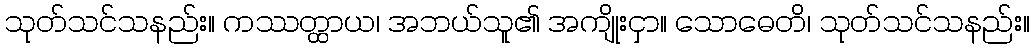
သုတ်သင်သနည်း။ ကဿတ္ထာယ၊ အဘယ်သူ၏ အကျိုးငှာ။ သောဓေတိ၊ သုတ်သင်သနည်း။